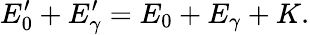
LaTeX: E_{0}^{\prime}+E_{\gamma}^{\prime}=E_{0}+E_{\gamma}+K.